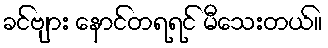
ခင်ဗျား နောင်တရရင် မီသေးတယ်။